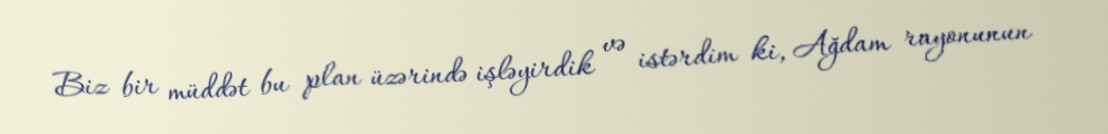
Biz bir müddət bu plan üzərində işləyirdik və istərdim ki, Ağdam rayonunun